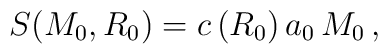
S (M_0 , R_0) = c \, (R_0) \, a_0 \, M_0 \, ,